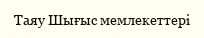
Таяу Шығыс мемлекеттері